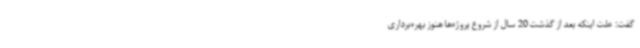
گفت: علت اینکه بعد از گذشت 20 سال از شروع پروژه‌ها هنوز بهره‌برداری